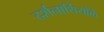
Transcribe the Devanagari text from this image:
दर्शनार्थियोंके